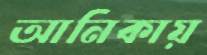
আনিকায়